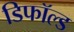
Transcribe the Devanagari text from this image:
डिफॉल्ड